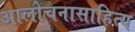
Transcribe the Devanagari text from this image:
आलोचनासाहित्य